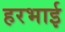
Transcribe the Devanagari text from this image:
हरभाई